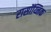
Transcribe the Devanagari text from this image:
रासॉय्निक